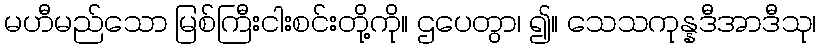
မဟီမည်သော မြစ်ကြီးငါးစင်းတို့ကို။ ဌပေတွာ၊ ၍။ သေသကုန္နဒီအာဒီသု၊